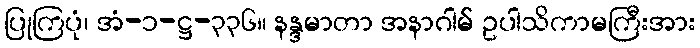
ပြုကြပုံ၊ အံ-၁-ဋ္ဌ-၃၃၆။ နန္ဒမာတာ အနာဂါမ် ဥပါသိကာမကြီးအား